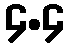
၄.၄